Annual administration report of the Civil Veterinary Department of India - 1893-1894
Year: 1893
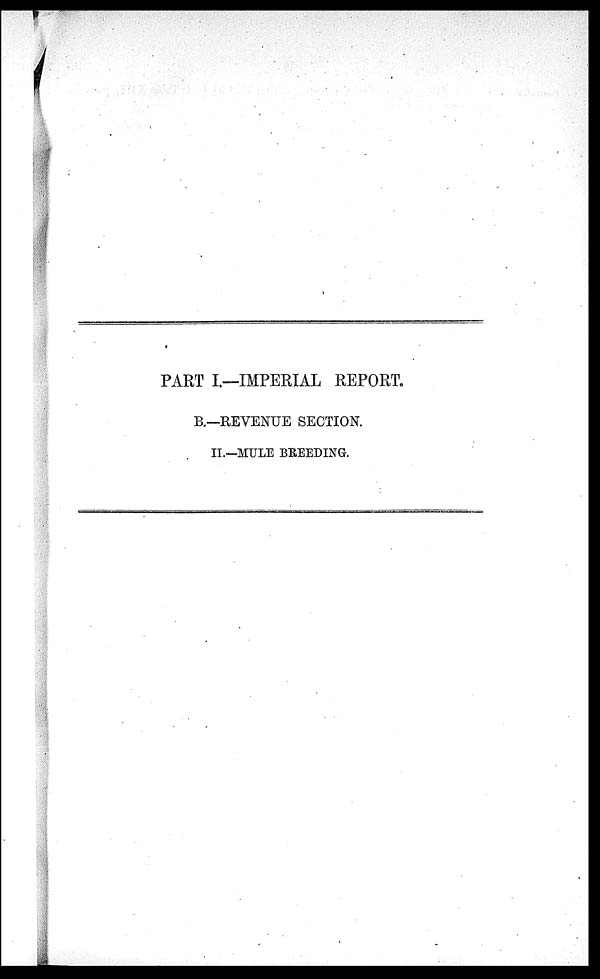
PART I.—IMPERIAL REPORT.
B.—REVENUE SECTION.
II.—MULE BREEDING.